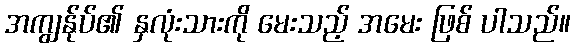
အကျွန်ုပ်၏ နှလုံးသားကို မေးသည့် အမေး ဖြစ် ပါသည်။